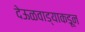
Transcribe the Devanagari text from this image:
देऊळवाड्याकडून